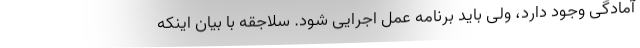
آمادگی وجود دارد، ولی باید برنامه عمل اجرایی شود. سلاجقه با بیان اینکه